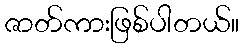
ဇာတ်ကားဖြစ်ပါတယ်။